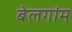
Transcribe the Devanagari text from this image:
बेलगांम